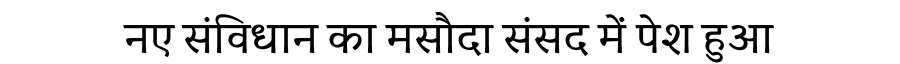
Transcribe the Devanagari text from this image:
नए संविधान का मसौदा संसद में पेश हुआ